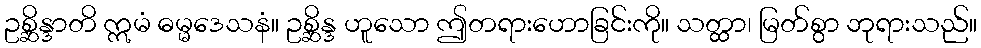
ဥစ္ဆိန္ဒာတိ ဣမံ ဓမ္မဒေသနံ။ ဥစ္ဆိန္ဒ ဟူသော ဤတရားဟောခြင်းကို။ သတ္ထာ၊ မြတ်စွာ ဘုရားသည်။